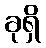
ခုရှိ